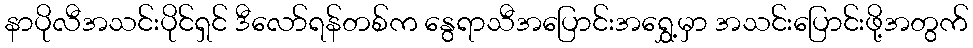
နာပိုလီအသင်းပိုင်ရှင် ဒီလော်ရန်တစ်က နွေရာသီအပြောင်းအရွှေ့မှာ အသင်းပြောင်းဖို့အတွက်